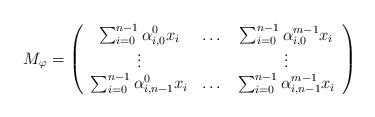
LaTeX: \begin{align*}M_{\varphi}=\left(\begin{array}{ccc}\sum_{i=0}^{n-1}\alpha_{i,0}^{0}x_{i} & \dotso & \sum_{i=0}^{n-1}\alpha_{i,0}^{m-1}x_{i} \\\vdots & & \vdots\\\sum_{i=0}^{n-1}\alpha_{i,n-1}^{0}x_{i} & \dotso & \sum_{i=0}^{n-1}\alpha_{i,n-1}^{m-1}x_{i}\end{array}\right)\end{align*}